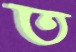
ত